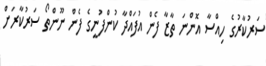
ސަރުކާރުގެ ހިއްސާ އޮންނަ ތާޒާ ފެން އުފައްދާ ކުންފުނީގެ ފެން ނޫންތޯ ސަރުކާރަށް